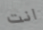
انت